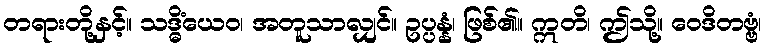
တရားတို့နှင့်။ သဒ္ဓိံယေဝ၊ အတူသာလျှင်။ ဥပ္ပန္နံ၊ ဖြစ်၏။ ဣတိ၊ ဤသို့။ ဝေဒိတဗ္ဗံ၊